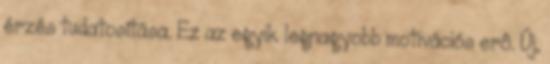
érzés tudatosítása. Ez az egyik legnagyobb motivációs erô. Új,